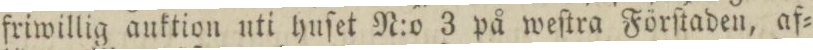
friwillig auktion uti huſet N:o 3 på weſtra Förſtaden, af=